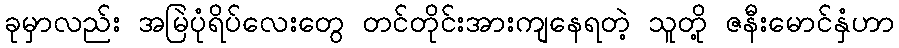
ခုမှာလည်း အမြဲပုံရိပ်လေးတွေ တင်တိုင်းအားကျနေရတဲ့ သူတို့ ဇနီးမောင်နှံဟာ